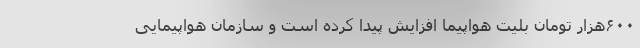
۶۰۰هزار تومان بلیت هواپیما افزایش پیدا کرده است و سازمان هواپیمایی